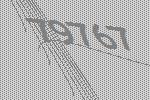
79767